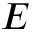
E